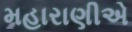
મહારાણીએ